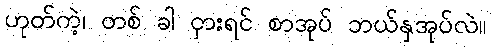
ဟုတ်ကဲ့၊ တစ် ခါ ငှားရင် စာအုပ် ဘယ်နှအုပ်လဲ။